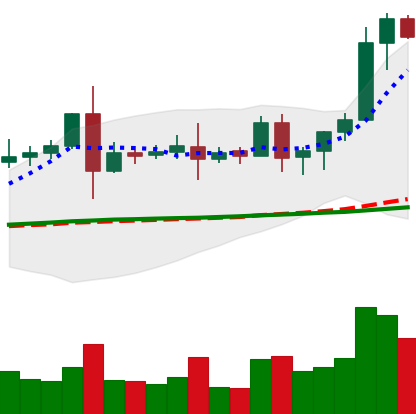
Ticker: EOS-USD
Chart end date: 2020-08-17
Forward return: -10.66%
Label: down_7plus